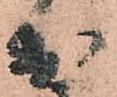
於